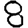
Digit: 8